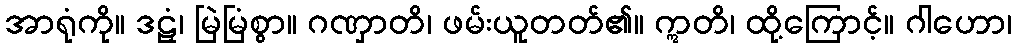
အာရုံကို။ ဒဠှံ၊ မြဲမြံစွာ။ ဂဏှာတိ၊ ဖမ်းယူတတ်၏။ ဣတိ၊ ထို့ကြောင့်။ ဂါဟော၊